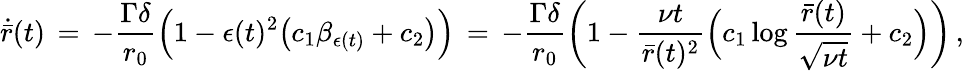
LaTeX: \dot{\bar{r}}(t)\, =\, -\frac{\Gamma\delta}{r_{0}}\Bigl(1-\epsilon(t)^{2}\bigl(c_{1}\beta_{\epsilon(t)}+c_{2}\bigr)\Bigr)\, =\, -\frac{\Gamma\delta}{r_{0}}\biggl(1-\frac{\nu t}{{\bar{r}}(t)^{2}}\Bigl(c_{1}\log\frac{\bar{r}(t)}{\sqrt{\nu t}}+c_{2}\Bigr)\biggr)\, ,